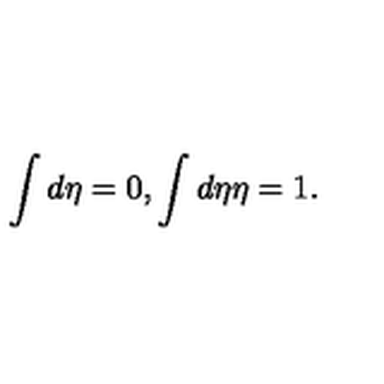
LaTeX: \int d \eta = 0 , \int d \eta \eta = 1 .